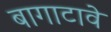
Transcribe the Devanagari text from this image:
बागाटावे